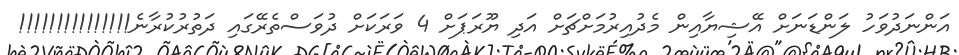
އަންނަދުވަހު ލަންޑަނަށް އޭޝިޔާއިން މެދުއިރުމަށްޗަށް އަދި ޔޫރަޕަށް 4 ވަރަކަށް ދުވަސްތެރޭގައި ދަތުރުކުރާނެ!!!!!!!!!!!!!!!